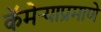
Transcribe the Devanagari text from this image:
कॅमेऱ्याप्रमाणे